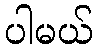
ပါမယ်